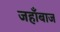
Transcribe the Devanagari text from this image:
जहाँबाज